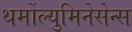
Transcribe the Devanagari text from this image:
थर्मोल्युमिनेसेन्स